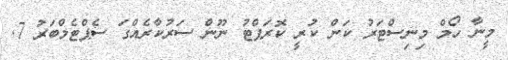
މީނާ ހޯމް މިނިސްޓަރު ކަން ކުރީ ކޮރަޕްޓު ނޫން ސަރުކާރެއްގަ ސެޕްޓެމްބަރު 7